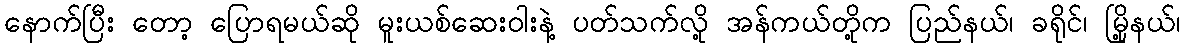
နောက်ပြီး တော့ ပြောရမယ်ဆို မူးယစ်ဆေးဝါးနဲ့ ပတ်သက်လို့ အန်ကယ်တို့က ပြည်နယ်၊ ခရိုင်၊ မြို့နယ်၊